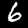
Label: 6